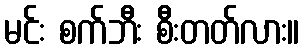
မင်း စက်ဘီး စီးတတ်လား။